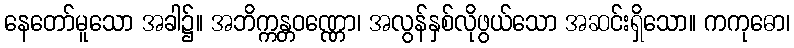
နေတော်မူသော အခါ၌။ အဘိက္ကန္တဝဏ္ဏော၊ အလွန်နှစ်လိုဖွယ်သော အဆင်းရှိသော။ ကကုဓော၊